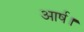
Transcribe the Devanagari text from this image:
आर्ष।